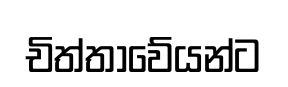
චිත්තාවේයන්ට